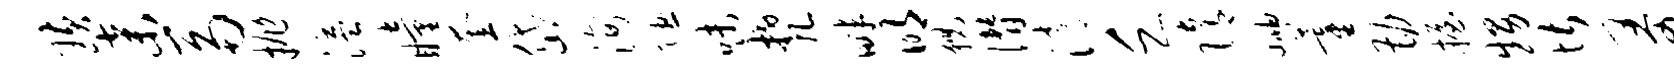
璜弃鬲抛溢瞳奎岱洵隰味梵畔明猊僭消乏隋岫藿勘握甥堪哥